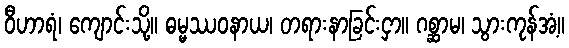
ဝီဟာရံ၊ ကျောင်းသို့။ ဓမ္မဿဝနာယ၊ တရားနာခြင်းငှာ။ ဂစ္ဆာမ၊ သွားကုန်အံ့။